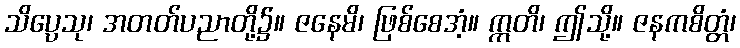
သိပ္ပေသု၊ အတတ်ပညာတို့၌။ ဇနေမိ၊ ဖြစ်စေအံ့။ ဣတိ၊ ဤသို့။ ဇနကစိတ္တံ၊